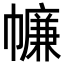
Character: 𢅏